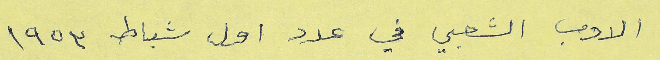
الادب الشعبي في عدد اول شباط ١٩٥٣